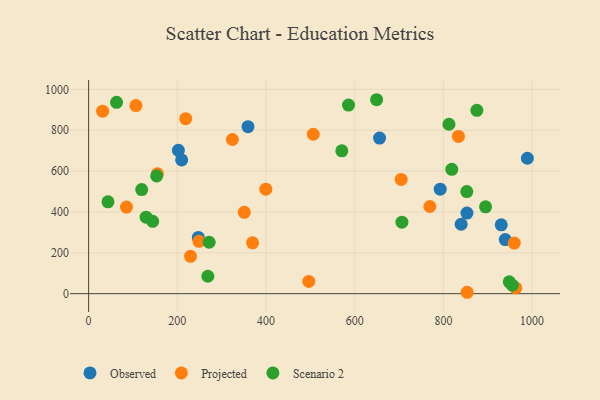
{"axis": {"x": "Investment", "y": "Salary"}, "legend": ["Observed", "Projected", "Scenario 2"], "data": [{"x": "840.1", "y": 339.7, "type": "Observed"}, {"x": "209.8", "y": 654.5, "type": "Observed"}, {"x": "930.5", "y": 337.0, "type": "Observed"}, {"x": "656.1", "y": 761.7, "type": "Observed"}, {"x": "989.4", "y": 663.0, "type": "Observed"}, {"x": "359.4", "y": 817.4, "type": "Observed"}, {"x": "247.4", "y": 275.4, "type": "Observed"}, {"x": "202.4", "y": 701.7, "type": "Observed"}, {"x": "939.5", "y": 264.7, "type": "Observed"}, {"x": "853.1", "y": 394.6, "type": "Observed"}, {"x": "792.9", "y": 511.3, "type": "Observed"}, {"x": "769.5", "y": 426.6, "type": "Projected"}, {"x": "31.6", "y": 893.3, "type": "Projected"}, {"x": "496.5", "y": 59.7, "type": "Projected"}, {"x": "248.8", "y": 256.2, "type": "Projected"}, {"x": "833.9", "y": 769.6, "type": "Projected"}, {"x": "399.6", "y": 511.5, "type": "Projected"}, {"x": "369.7", "y": 248.8, "type": "Projected"}, {"x": "506.6", "y": 780.3, "type": "Projected"}, {"x": "704.8", "y": 559.0, "type": "Projected"}, {"x": "351.0", "y": 398.4, "type": "Projected"}, {"x": "963.4", "y": 28.1, "type": "Projected"}, {"x": "155.2", "y": 586.6, "type": "Projected"}, {"x": "85.4", "y": 424.1, "type": "Projected"}, {"x": "959.8", "y": 247.6, "type": "Projected"}, {"x": "218.9", "y": 856.5, "type": "Projected"}, {"x": "229.8", "y": 182.9, "type": "Projected"}, {"x": "106.7", "y": 920.6, "type": "Projected"}, {"x": "324.2", "y": 754.6, "type": "Projected"}, {"x": "853.6", "y": 6.8, "type": "Projected"}, {"x": "818.9", "y": 608.5, "type": "Scenario 2"}, {"x": "649.4", "y": 949.4, "type": "Scenario 2"}, {"x": "895.1", "y": 424.9, "type": "Scenario 2"}, {"x": "63.0", "y": 936.6, "type": "Scenario 2"}, {"x": "43.7", "y": 449.7, "type": "Scenario 2"}, {"x": "706.5", "y": 349.8, "type": "Scenario 2"}, {"x": "271.8", "y": 251.7, "type": "Scenario 2"}, {"x": "144.4", "y": 354.3, "type": "Scenario 2"}, {"x": "586.0", "y": 923.3, "type": "Scenario 2"}, {"x": "129.6", "y": 374.2, "type": "Scenario 2"}, {"x": "852.8", "y": 499.6, "type": "Scenario 2"}, {"x": "948.5", "y": 58.2, "type": "Scenario 2"}, {"x": "875.5", "y": 897.6, "type": "Scenario 2"}, {"x": "812.5", "y": 829.3, "type": "Scenario 2"}, {"x": "268.9", "y": 85.2, "type": "Scenario 2"}, {"x": "153.4", "y": 576.3, "type": "Scenario 2"}, {"x": "570.9", "y": 699.4, "type": "Scenario 2"}, {"x": "955.4", "y": 41.5, "type": "Scenario 2"}, {"x": "119.7", "y": 509.5, "type": "Scenario 2"}]}